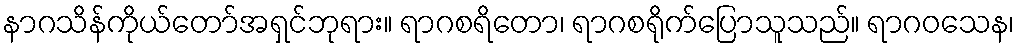
နာဂသိန်ကိုယ်တော်အရှင်ဘုရား။ ရာဂစရိတော၊ ရာဂစရိုက်ပြောသူသည်။ ရာဂဝသေန၊